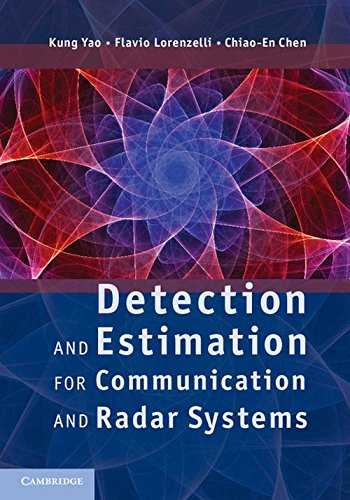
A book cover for Detection and Estimation for Communication and Radar Systems; Professor Kung Yao; Science & Math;